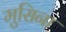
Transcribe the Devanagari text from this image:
मुसिना